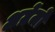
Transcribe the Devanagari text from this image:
अग्रेंजो